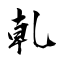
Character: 乹